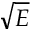
\sqrt { E }